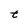
Character: t